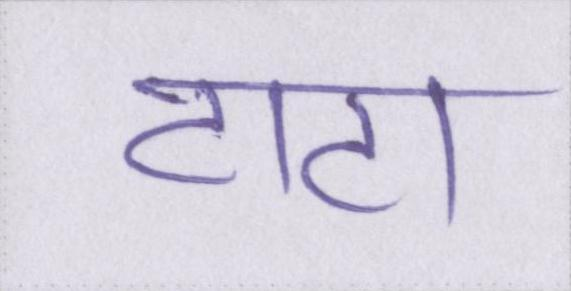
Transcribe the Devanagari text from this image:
टाटा